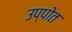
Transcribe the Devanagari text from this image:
उप्पोत